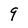
Character: q